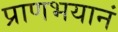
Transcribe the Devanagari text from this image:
प्राणभयानं